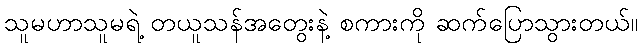
သူမဟာသူမရဲ့ တယူသန်အတွေးနဲ့ စကားကို ဆက်ပြောသွားတယ်။